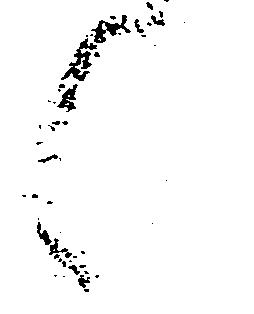
く